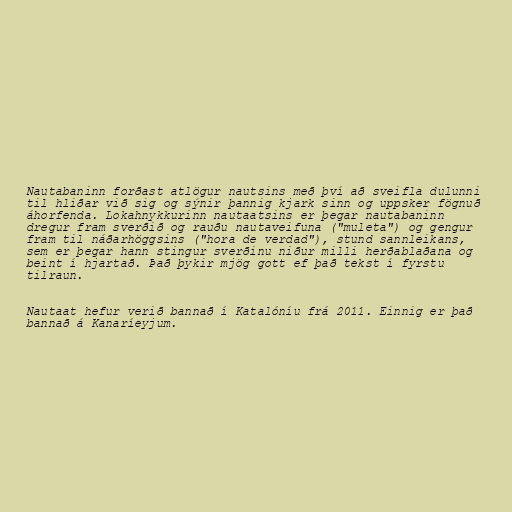
Nautabaninn forðast atlögur nautsins með því að sveifla dulunni
til hliðar við sig og sýnir þannig kjark sinn og uppsker fögnuð
áhorfenda. Lokahnykkurinn nautaatsins er þegar nautabaninn
dregur fram sverðið og rauðu nautaveifuna ("muleta") og gengur
fram til náðarhöggsins ("hora de verdad"), stund sannleikans,
sem er þegar hann stingur sverðinu niður milli herðablaðana og
beint í hjartað. Það þykir mjög gott ef það tekst í fyrstu
tilraun.

Nautaat hefur verið bannað í Katalóníu frá 2011. Einnig er það
bannað á Kanaríeyjum.